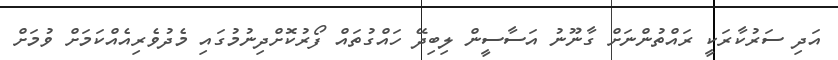
އަދި ސަރުކާރަކީ ރައްތުންނަށް ގާނޫނު އަސާސީން ލިބިދޭ ހައްގުތައް ފޯރުކޮށްދިނުމުގައި މެދުވެރިއެއްކަމަށް ވުމަށް